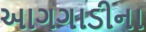
આગગાડીના